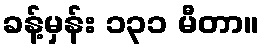
ခန့်မှန်း ၁၃၁ မီတာ။